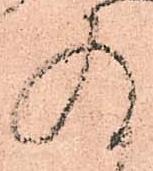
存